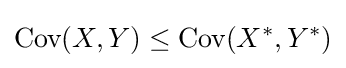
{\text{Cov}}(X,Y)\leq {\text{Cov}}(X^{*},Y^{*})